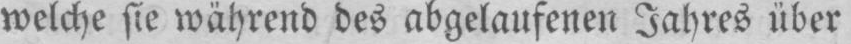
welche sie während des abgelaufenen Jahres über